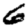
Digit: 6